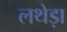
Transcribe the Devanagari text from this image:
लथेड़ा